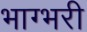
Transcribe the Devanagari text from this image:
भाग्भरी